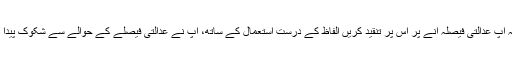
چیف جسٹس نے کہاکہ آپ عدالتی فیصلہ آنے پر اس پر تنقید کریں الفاظ کے درست استعمال کے ساتھ، آپ نے عدالتی فیصلے کے حوالے سے شکوک پیدا کرنے کی کوشش کی۔